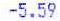
-5.59